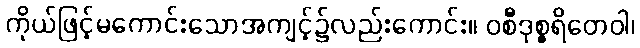
ကိုယ်ဖြင့်မကောင်းသောအကျင့်၌လည်းကောင်း။ ဝစီဒုစ္စရိတေဝါ၊